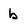
Character: b